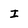
Character: I